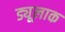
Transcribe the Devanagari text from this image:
ड्यूलाक